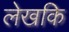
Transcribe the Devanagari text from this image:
लेखकि